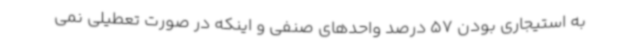
به استیجاری بودن 57 درصد واحدهای صنفی و اینکه در صورت تعطیلی نمی‌